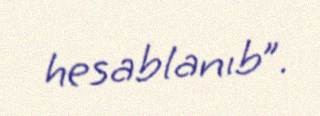
hesablanıb”.